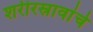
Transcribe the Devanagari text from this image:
शरीरस्रावांचे